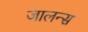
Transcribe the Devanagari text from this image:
जालन्स